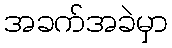
အခက်အခဲမှာ